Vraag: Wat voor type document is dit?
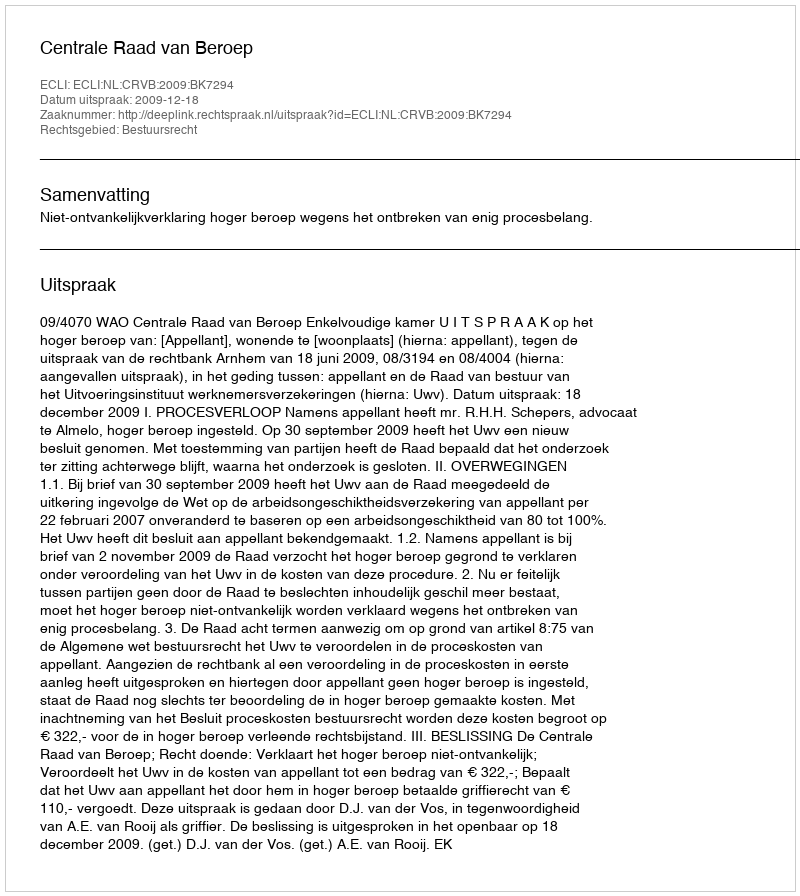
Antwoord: Uitspraak